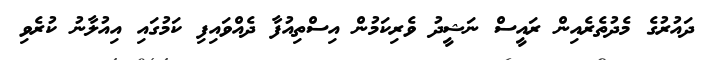
ދައުރުގެ މެދުތެރެއިން ރައީސް ނަޝީދު ވެރިކަމުން އިސްތިއުފާ ދެއްވައިފި ކަމުގައި އިއުލާނު ކުރެވި